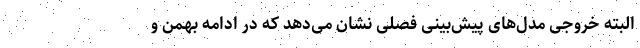
البته خروجی مدل‌های پیش‌بینی فصلی نشان می‌دهد که در ادامه بهمن و